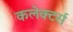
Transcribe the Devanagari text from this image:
कलेक्‍टर्स